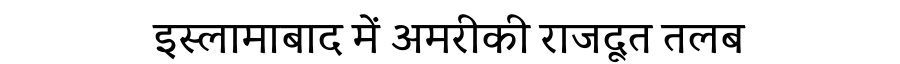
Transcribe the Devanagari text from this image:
इस्लामाबाद में अमरीकी राजदूत तलब